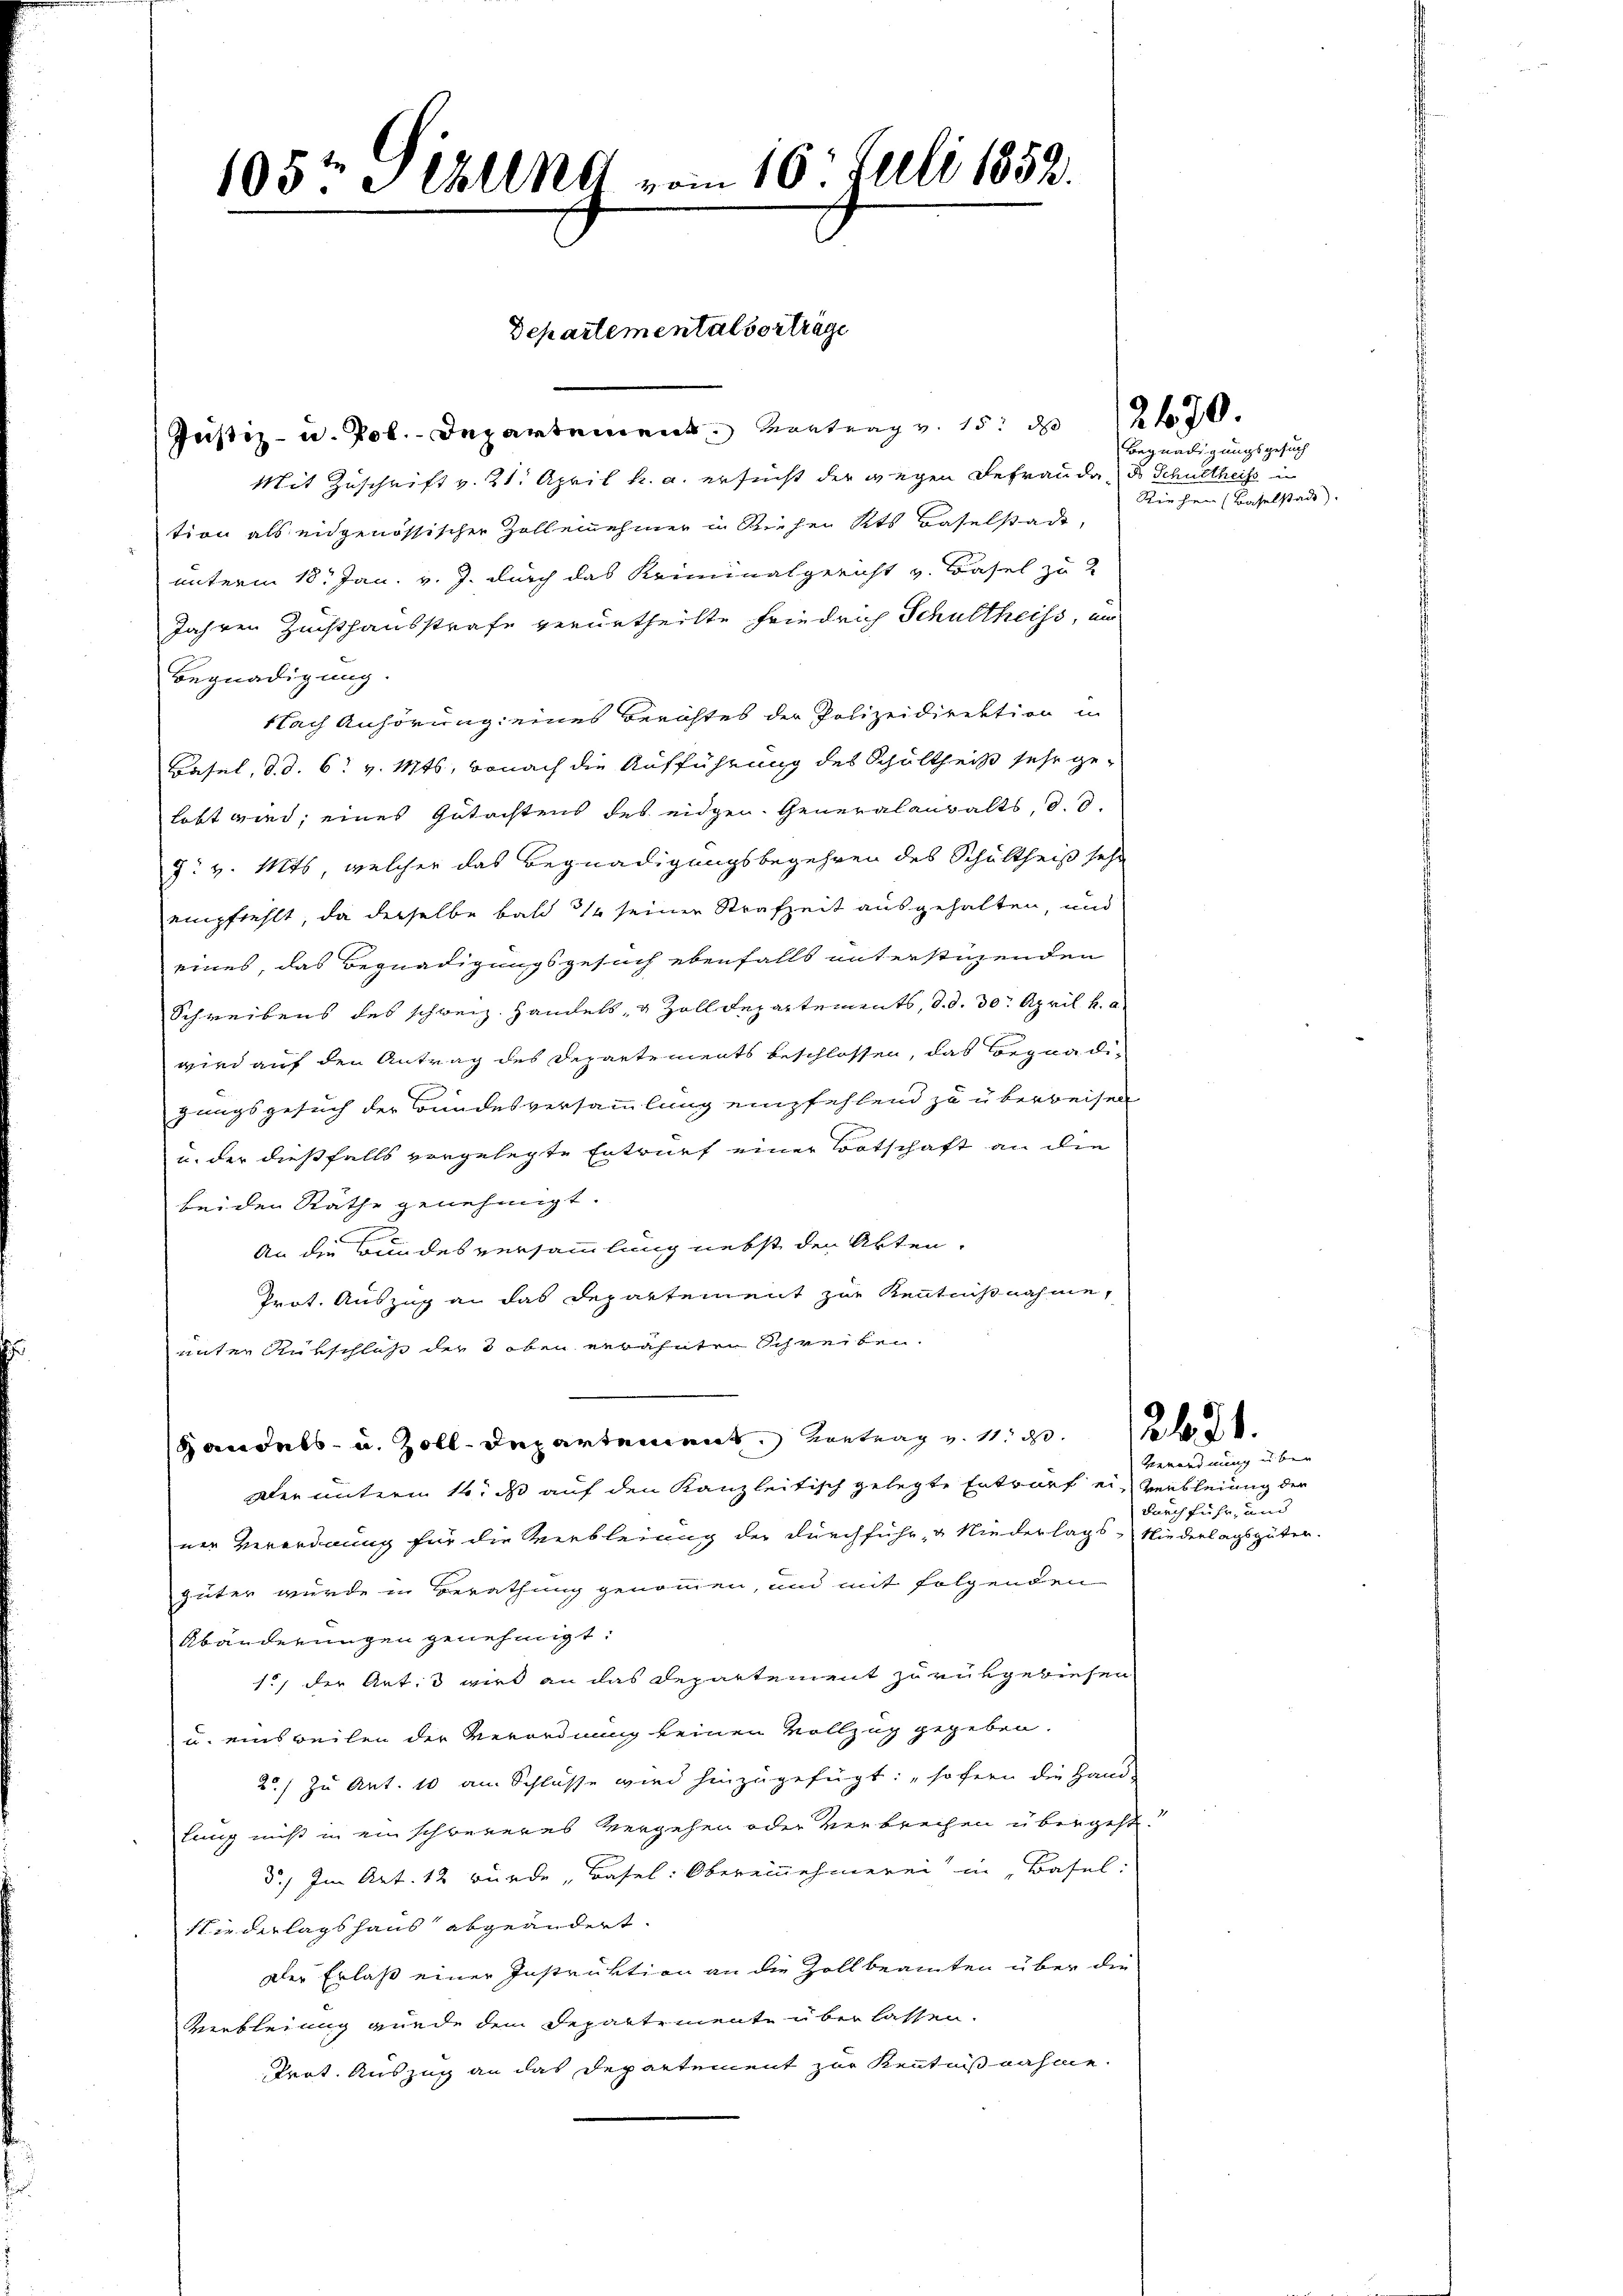
105te Sellne vom 16t Juli 1852.

Justiz- u. Pol. Departement entrag v. 15. 270.
Mit Zuschrift v. 21. April k. a. ersucht der wegen Befrau da-
tion als eidgenössischer Zollennehmer in Riehen Kts. Baselstadt,
unterm 18. Jan. v. J. durch das Kriminalgericht v. Basel zu
Jahren Zuchthausstrafe verurtheilte Friedrich Schultheiss, un
Begnadigung.
Nach Anhörung eines Berichtes der Polizeidirektion in
Basel, d. d. 6. v. Mts, wonach die Aufführung des Schultheiß sehr ge-
lebt wird; eines Gutachtens des eidgen. Generalanwalts, d. d.
J: v. Mts, welcher das Begnadigungsbegehren des Schultheiß sehr
empfiehlt, da derselbe bald 1 seiner Strafzeit ausgehalten, und
eines, das Begnadigungsgesuch ebenfalls unterstüzenden
Schreibens des schweiz. Handels, u Zolldepartements, d. d. 30. April h. a.
wird auf den Antrag des Departements beschlossen, das Begnadigungsgesuch der Bundesversammlung empfehlend zu überweisen
u. der dießfalls vorgelegte Entwurf einer Botschaft an die
beiden Räthe genehmigt.
E
An die Bundesversammlung nebst den Akten.
Zeit, Auszug an das Departement zur Kenntnißnahme,
unter Rutschloß der 3 oben verähnten Schreiben.
Handels- u. Zolldepartement Vertrag
dler unterm 16. ds auf den Kanzleitisch gelegte Entwurf ein Verbleinig der
ner Verordnung für die Verbleiung der durchführ, u Niederlags-Niederlagsgüten.
güter wurde in Berathung genommen, und mit folgenden
Abänderungen genehmigt.
1., der Antis wird an das Departement zu vergewiesen
u. einsweilen der Verordnung keinen Vollzug gegeben.
2) zu Art. 10 am Schlüsse wird hinzugefügt: „sofern die Hand-
lung nicht in einschwereres Vergehen oder Verbrechen übergeht?
5.) Im Art. 12 wurde, Basel: Obereinnehmerei in Basel:
Niederlagshaus abgeändert.
Der Erlaß einer Instruktion an die Zollbeamten über die
Verbleiung wurde dem Departemente über lassen.
Prot. Auszug an das Departement zur Kenntnißnahme.

Departemental vorträge

Begnadigungsgesuch
do Schultheiss in
Riehen (Baselstadt).

Verordnung über
durch fuhr, und